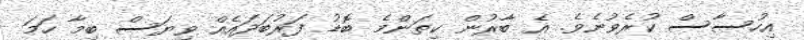
އިހުސާސް ކުރެވުނެވެ. އެ ބާރުން ކިތަންމެ ބޮޑު ފަރުބަދައެއް ވިޔަސް ބިމާ ހަމަ